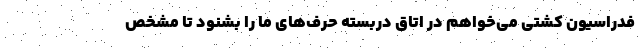
فدراسیون کشتی می‌خواهم در اتاق دربسته حرف‌های ما را بشنود تا مشخص